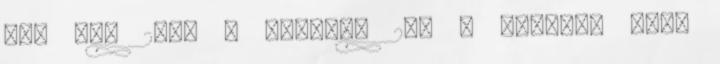
így egy 2800 m hosszú, 280 m széles, igen